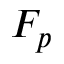
F _ { p }